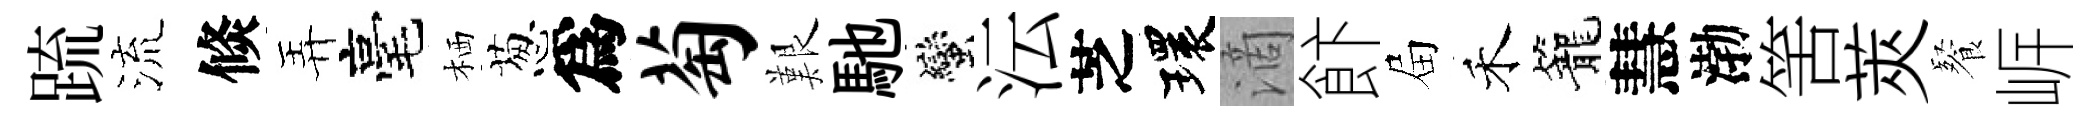
䟽流倐弄毫栖葱爲萄艱馳蠻沄芝環滴飰屇禾籠慧渤筈莢餐㟁